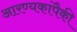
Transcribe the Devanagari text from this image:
आरण्यकांपैकी